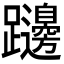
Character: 𨇱